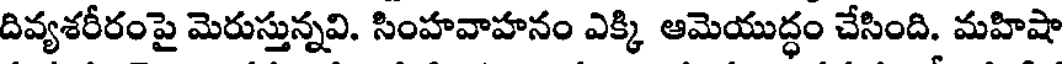
దివ్యశరీరంపై మెరుస్తున్నవి. సింహవాహనం ఎక్కి ఆమెయుద్ధం చేసింది. మహిషా